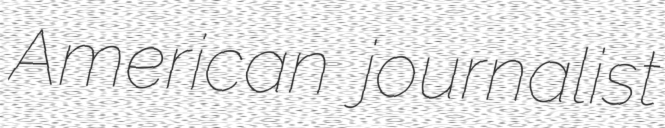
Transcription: American journalist